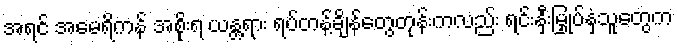
အရင် အမေရိကန် အစိုးရ ယန္တရား ရပ်တန့်ချိန်တွေတုန်းကလည်း ရင်းနှီးမြှုပ်နှံသူတွေက